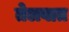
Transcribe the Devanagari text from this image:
तेलवात